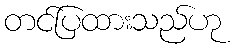
တင်ပြထားသည်ဟု